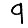
Digit: 9